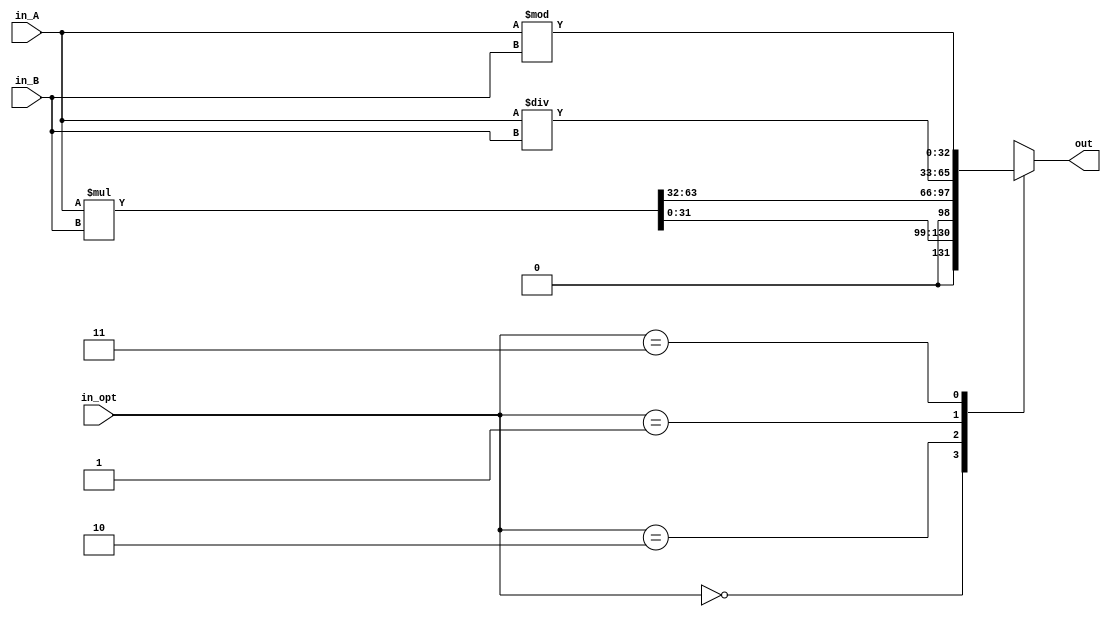
`timescale 1ns/1ps
/* Some code parts used here, was taken from Nazar Volynko realisation */
module mul_div #(parameter WIDTH = 32) (
input  [WIDTH-1:0] in_A, in_B,
input  [1:0] in_opt, 
output reg [WIDTH:0] out); 

wire [WIDTH*2-1:0] mulO;
wire [WIDTH:0] divO, res;
assign mulO = in_A * in_B;
assign divO = in_A / in_B;
assign res = in_A % in_B;

always @(*) begin
	casez(in_opt)
		2'b00: out = mulO[WIDTH-1:0];
		2'b10: out = mulO[WIDTH*2-1:WIDTH];
		2'b01: out = divO;
		2'b11: out = res;
		default: out ={WIDTH{1'bz}};
	endcase
end
endmodule